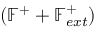
( \mathbb { F } ^ { + } + \mathbb { F } _ { e x t } ^ { + } )